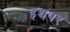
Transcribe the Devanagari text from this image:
इथपर